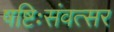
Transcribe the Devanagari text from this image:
षष्टिःसंवत्सर